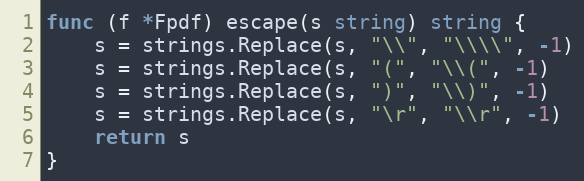
Language: Go
func (f *Fpdf) escape(s string) string {
	s = strings.Replace(s, "\\", "\\\\", -1)
	s = strings.Replace(s, "(", "\\(", -1)
	s = strings.Replace(s, ")", "\\)", -1)
	s = strings.Replace(s, "\r", "\\r", -1)
	return s
}